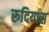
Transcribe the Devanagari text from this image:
रूदियास